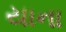
યાના